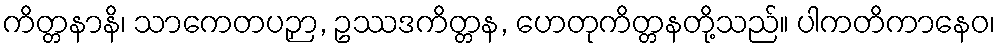
ကိတ္တနာနိ၊ သာကေတပဉှာ, ဥဿဒကိတ္တန, ဟေတုကိတ္တနတို့သည်။ ပါကတိကာနေဝ၊